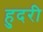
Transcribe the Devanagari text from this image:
हुदरी